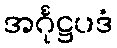
အင်္ဂုဋ္ဌပဒံ